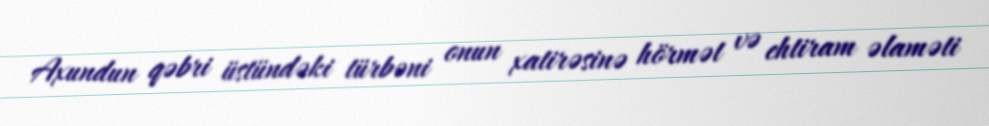
Axundun qəbri üstündəki türbəni onun xatirəsinə hörmət və ehtiram əlaməti